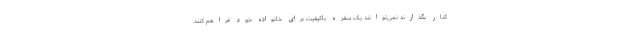
کنار بگذارند نمی‌توانند یک سفره باکیفیت برای خانواده خود فراهم کنند.